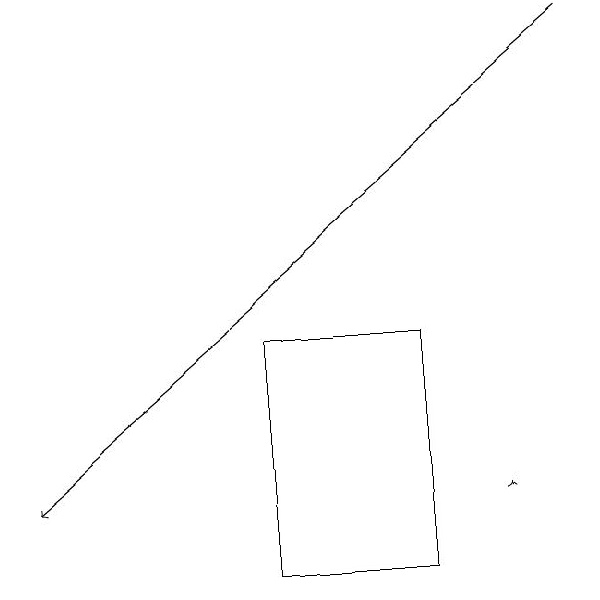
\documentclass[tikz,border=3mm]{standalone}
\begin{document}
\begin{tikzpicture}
\draw (5,12) rectangle (3,15);
\draw[->] (7,19) -- (0,13);
\draw[->] (6,13) -- (6,13);
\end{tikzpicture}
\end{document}